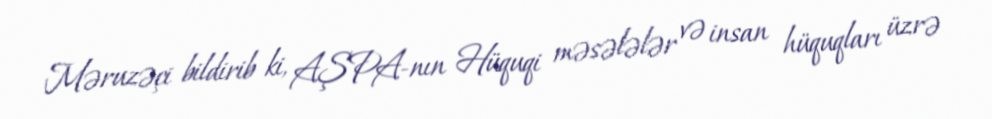
Məruzəçi bildirib ki, AŞPA-nın Hüquqi məsələlər və insan hüquqları üzrə